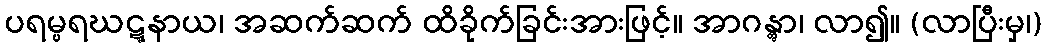
ပရမ္ပရဃဋ္ဋနာယ၊ အဆက်ဆက် ထိခိုက်ခြင်းအားဖြင့်။ အာဂန္တွာ၊ လာ၍။ (လာပြီးမှ၊)